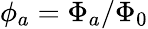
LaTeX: \phi_{a}=\Phi_{a}/\Phi_{0}